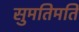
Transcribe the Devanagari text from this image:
सुमतिमति